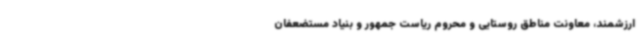
ارزشمند، معاونت مناطق روستایی و محروم ریاست جمهور و بنیاد مستضعفان